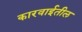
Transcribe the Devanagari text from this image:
कारवाईतील